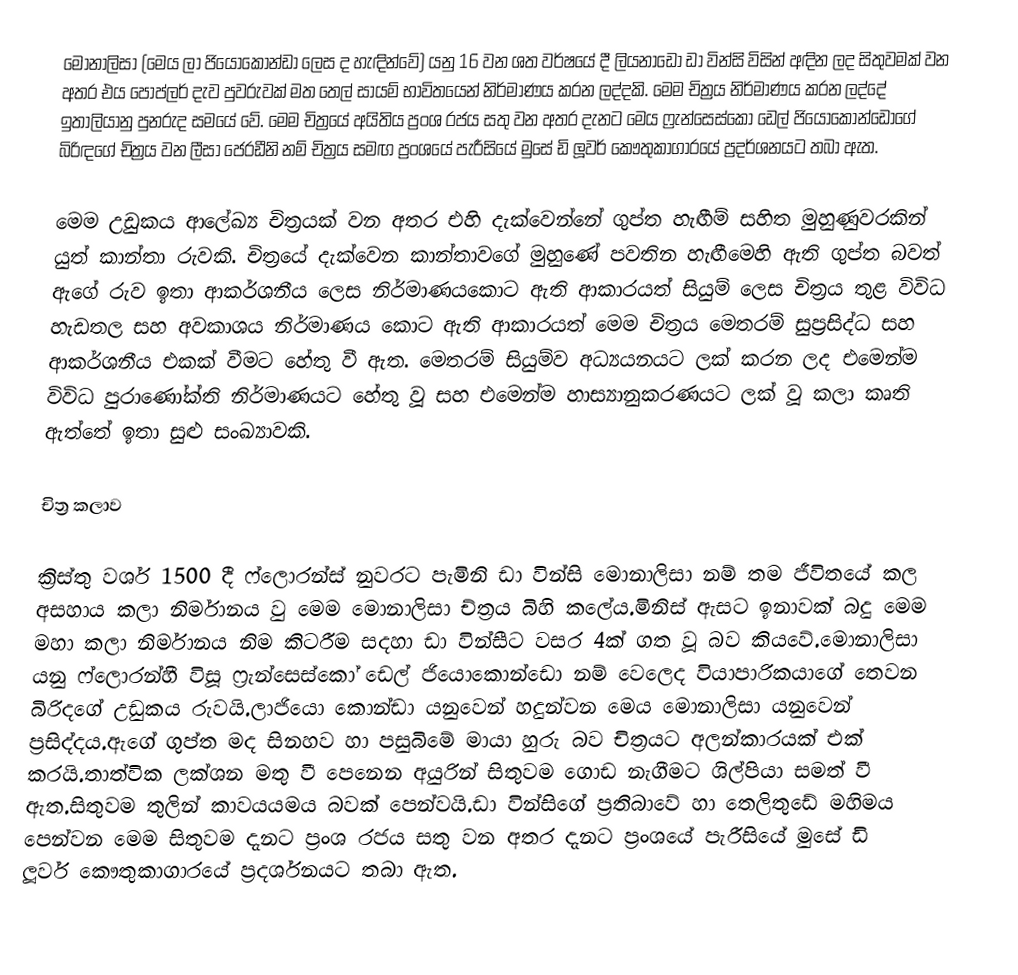
මොනාලිසා (මෙය ලා ජියොකොන්ඩා ලෙස ද හැඳින්වේ) යනු 16 වන ශත වර්ෂයේ දී ලියනාඩෝ ඩා වින්සි විසින් අඳින ලද සිතුවමක් වන අතර ‍එය පොප්ලර් දැව පුවරුවක් මත තෙල් සායම් භාවිතයෙන් නිර්මාණය කරන ලද්දකි. මෙම චිත්‍රය නිර්මාණය කරන ලද්දේ ඉතාලියානු පුනරුද සමයේ වේ. මෙම චිත්‍රයේ අයිතිය ප්‍රංශ රජය සතු වන අතර දැනට මෙය ෆ්‍රැන්සෙස්කෝ ඩෙල් ජියොකොන්ඩොගේ බිරිඳගේ චිත්‍රය වන ලීසා ජෙරඩීනි නම් චිත්‍රය සමඟ ප්‍රංශයේ පැරීසියේ මුසේ ඩි ලූවර් කෞතුකාගාරයේ ප්‍රදර්ශනයට තබා ඇත.

මෙම උඩුකය ආලේඛ්‍ය චිත්‍රයක් වන අතර එහි දැක්වෙන්නේ ගුප්ත හැඟීම් සහිත මුහුණුවරකින් යුත් කාන්තා රුවකි. චිත්‍රයේ දැක්වෙන කාන්තාවගේ මුහුණේ පවතින හැඟීමෙහි ඇති ගුප්ත බවත් ඇගේ රුව ඉතා ආකර්ශනීය ලෙස නිර්මාණය‍කොට ඇති ආකාරයත් සියුම් ලෙස චිත්‍රය තුළ විවිධ හැඩතල සහ අවකාශය නිර්මාණය කොට ඇති ආකාරයත් මෙම චිත්‍රය මෙතරම් සුප්‍රසිද්ධ සහ ආකර්ශනීය එකක් වීමට හේතු වී ඇත. මෙතරම් සියුම්ව අධ්‍යයනයට ලක් කරන ලද එමෙන්ම විවිධ පුරාණෝක්ති නිර්මාණයට හේතු වූ සහ එමෙන්ම හාස්‍යානුකරණයට ලක් වූ කලා කෘති ඇත්තේ ඉතා සුළු සංඛ්‍යාවකි.

චිත්‍ර කලාව

ක්‍රිස්තු වර්ශ 1500 දී ෆ්ලොරන්ස් නුවරට පැමිනි ඩා වින්සි මොනාලිසා නම් තම ජීවිතයේ කල අසහාය කලා නිර්මානය වු මෙම මොනාලිසා ච්ත්‍රය බිහි කලේය.මිනිස් ඇසට ඉනාවක් බදු මෙම මහා කලා නිර්මානය නිම කිටරීම සදහා ඩා වින්සීට වසර 4ක් ගත වූ බව කියවේ.මොනාලිසා යනු ෆ්ලොරන්හී විසූ ෆ්‍රැන්සෙස්කෝ ඩෙල් ජියොකොන්ඩො නම් වෙලෙද වියාපාරිකයාගේ තෙවන බිරිදගේ උඩුකය රුවයි.ලාජියො කොන්ඩා යනුවෙන් හදුන්වන මෙය මොනාලිසා යනුවෙන් ප්‍රසිද්දය.ඇගේ ගුප්ත මද සිනහව හා පසුබිමේ මායා හුරු බව චිත්‍රයට අලන්කාරයක් එක් කරයි.තාත්වික ලක්ශන මතු වී පෙනෙන අයුරින් සිතුවම ගොඩ නැගීමට ශිල්පියා සමත් වී ඇත.සිතුවම තුලින් කාවයයමය බවක් පෙන්වයි.ඩා වින්සිගේ ප්‍රතිබාවේ හා තෙලිතුඩේ මහිමය පෙන්වන මෙම සිතුවම දැනට ප්‍රංශ රජය සතු වන අතර  දැනට ප්‍රංශයේ පැරීසියේ මුසේ ඩි ලූවර් කෞතුකාගාරයේ ප්‍රදර්ශනයට තබා ඇත.